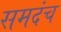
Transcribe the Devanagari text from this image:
समदंच